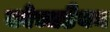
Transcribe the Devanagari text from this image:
कोच्चडैयन